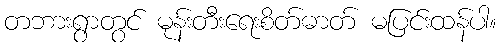
တဘားရွာတွင် မုန်းတီးရေးစိတ်ဓာတ် မပြင်းထန်ပါ။